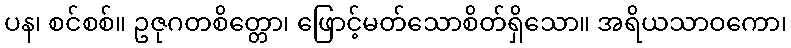
ပန၊ စင်စစ်။ ဥဇုဂတစိတ္တော၊ ဖြောင့်မတ်သောစိတ်ရှိသော။ အရိယသာဝကော၊